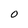
Character: O